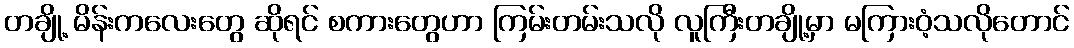
တချို့ မိန်းကလေးတွေ ဆိုရင် စကားတွေဟာ ကြမ်းတမ်းသလို လူကြီးတချို့မှာ မကြားဝံ့သလိုတောင်